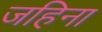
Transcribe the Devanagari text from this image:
जहिना